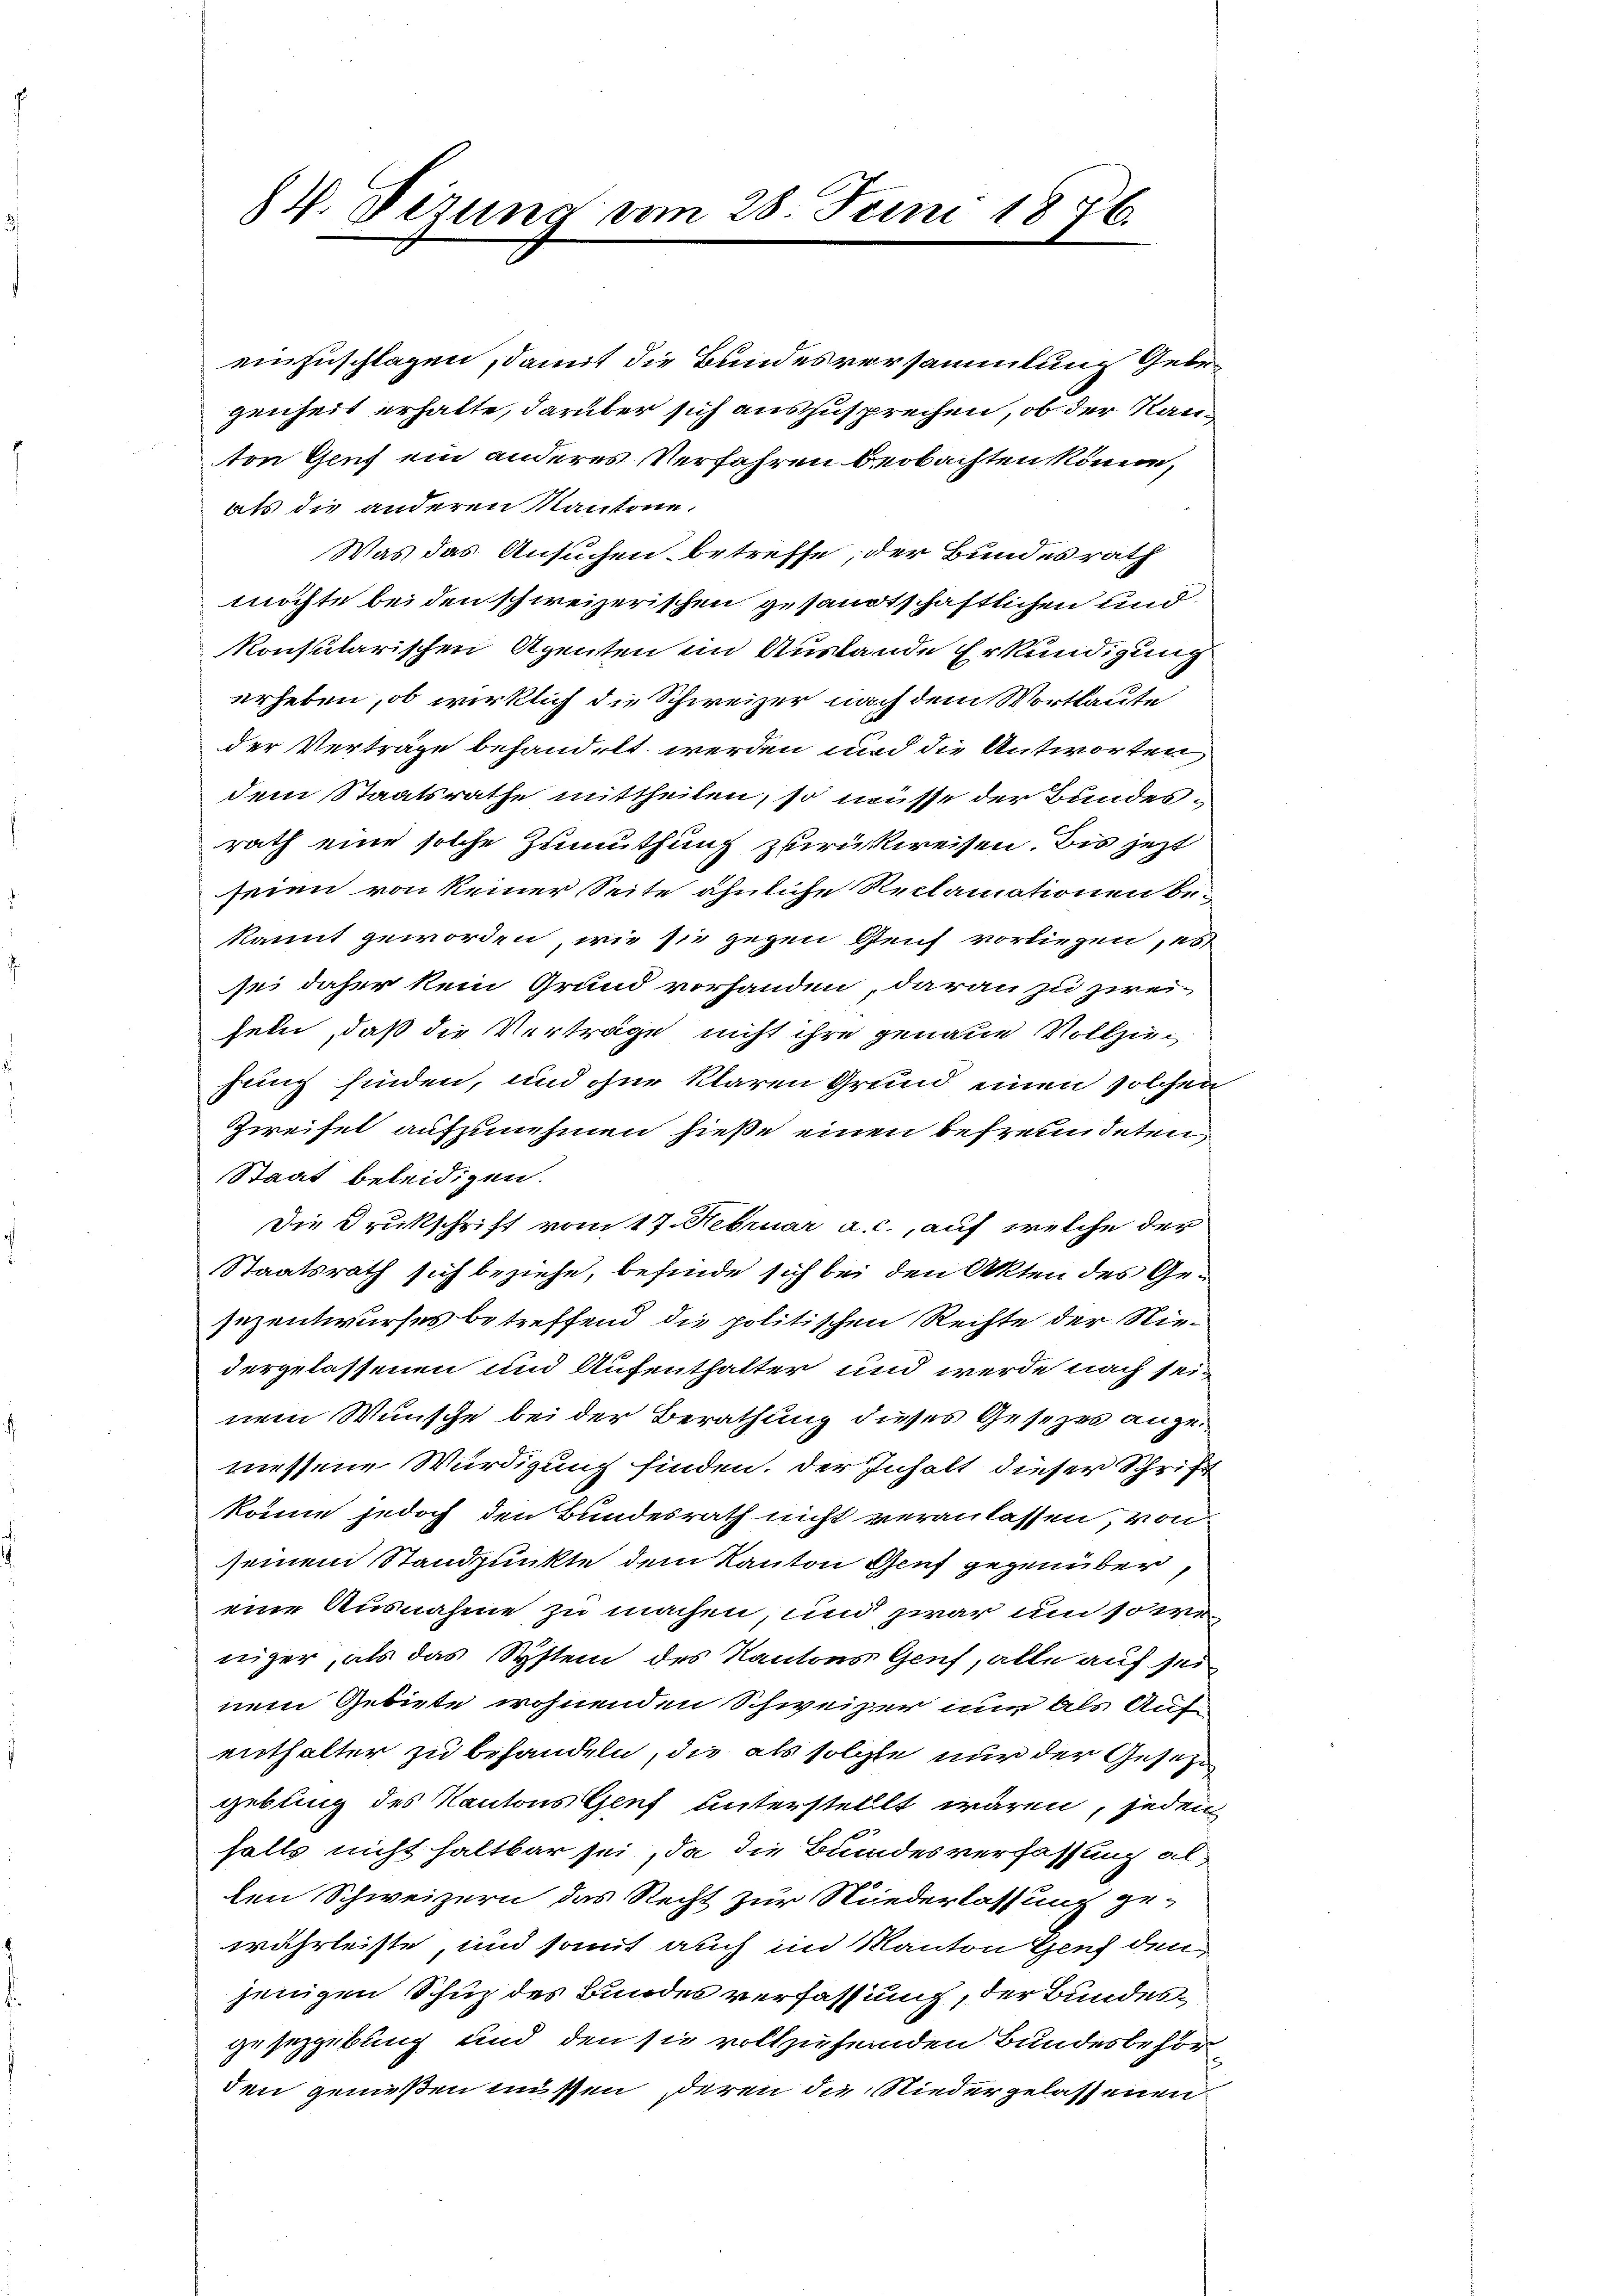
4. Dezung vom 28. Juni 1876.

einzuschlagen, damit die Bundesversammlung Gebegenheit erhalte, darüber sich auszusprechen, ob der Rauton Genf ein anderes Verfahren beobachten könne,
als die anderen Kantone.
Was das Ansuchen betreffe, der Bundesrath
möchte beiden schweizerischen gesandtschaftlichen und
konsularischen Agenten im Auslande Erkundigung
erheben, ob wirklich die Schweizer nach dem Wortlaute
der Verträge behandelt werden und die Antworten
dem Staatsrathe mittheilen, so müsse der Bundesrath eine solche Zumuthung zurückweisen. Bis jetzt
seien von keiner Seite ähnliche Reclamationen be-
kannt geworden, wie sie gegen Genf vorliegen, es
sei daher kein Grund vorhanden, daran zu zwei-
sein, daß die Verträge nicht ihre genaue Vollzihung finden, und ohne klaren Grund einen solchen
Zweifel aufzunehmen hieße einen befreundeten
Staat beleidigen.
Die Drukschrift vom 17. Februar a. c., auf welche der
Staatsrath sich beziehe, befinde sich bei den Akten des Gesizentwurfes betreffend die politischen Rechte der Niedergelassenen und Aufenthalter und werde nach sein
nem Wunsche bei der Berathung dieses Gesezes angeressene Würdigung finden. Der Inhalt dieser Schrift
könne jedoch den Bundesrath nicht veranlassen von
seinem Standpunkte dem Kanton Genf gegenüber,
eine Ausnahme zu machen, und zwar um so weniger, als das System des Kantons Genf, alle auf seinem Gebiete wohnenden Schweizer nun als Auf-
enthalter zu behandeln, die als solche nur der Gesezgebung des Kantons Genf unterstellt wären, jeden
falls nicht haltbar sei, da die Bundesverfassung allen Schweizern das Recht zur Niederlassung ge-
währleiste, und somit auch im Kanton Genf den
jenigen Schuz des Bundes verfassung, der Bundesgesezgebung und den sie vollzuheinden Bundesbehör
den genießen müssen, deren die Niedergelassenen